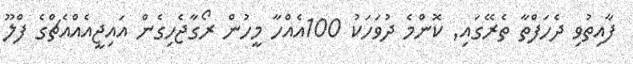
ފާއިތުވި ދެހަފްތާ ތެރޭގައި